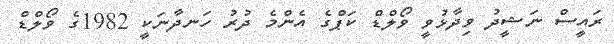
ރައީސް ނަޝީދު ވިދާޅުވީ ވޯލްޑް ކަޕްގެ އެންމެ ދުރު ހަނދާނަކީ 1982ގެ ވޯލްޑް